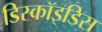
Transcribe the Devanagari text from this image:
डिस्कॉइडिस